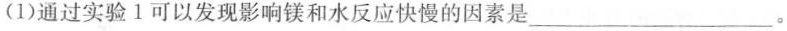
(1)通过实验1可以发现影响镁和水反应快慢的因素是___。